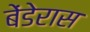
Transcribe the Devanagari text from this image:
बेंडेरास